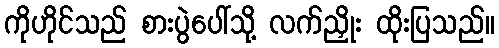
ကိုဟိုင်သည် စားပွဲပေါ်သို့ လက်ညှိုး ထိုးပြသည်။